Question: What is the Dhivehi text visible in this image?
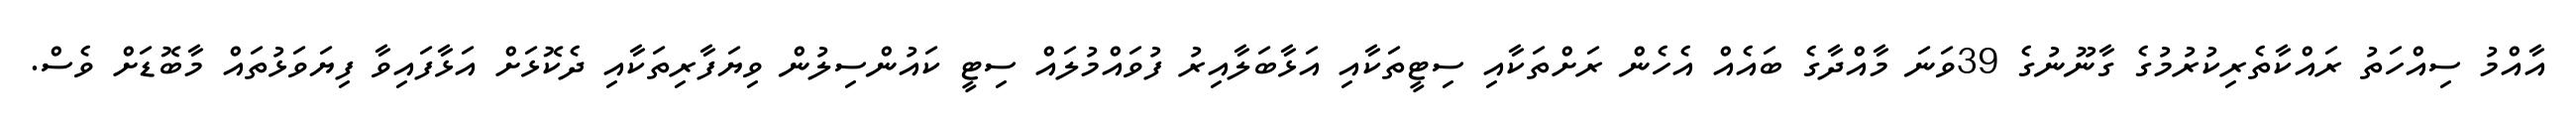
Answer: އާއްމު ސިއްހަތު ރައްކާތެރިކުރުމުގެ ގާނޫނުގެ 39ވަނަ މާއްދާގެ ބައެއް އެހެން ރަށްތަކާއި ސިޓީތަކާއި އަޅާބަލާއިރު ފުވައްމުލައް ސިޓީ ކައުންސިލުން ވިޔަފާރިތަކާއި ދެކޮޅަށް އަޅާފައިވާ ފިޔަވަޅުތައް މާބޮޑަށް ވެސް.